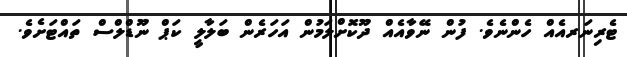
ޓެރިނަރއެއް ހެންނެވެ. ފުން ނޭވާއެއް ދޫކޮށްލަމުން އަހަރެން ބަލާލީ ކަޕް ނޫޑްލްސް ތައްޓަށެވެ.